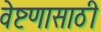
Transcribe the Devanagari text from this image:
वेष्टणासाठी